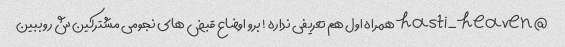
@hasti_heaven همراه اول هم تعریفی نداره ! برو اوضاع قبض های نجومی مشترکین ش رو ببین